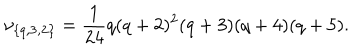
\nu _ { \{ q , { \bf 3 } , { \bf 2 } \} } = { \frac { 1 } { 2 4 } } q ( q + 2 ) ^ { 2 } ( q + 3 ) ( q + 4 ) ( q + 5 ) .